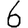
Digit: 6